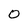
Character: O